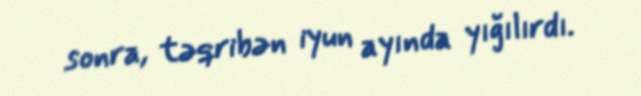
sonra, təqribən iyun ayında yığılırdı.